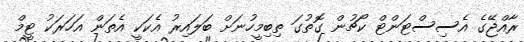
ރާއްޖޭގެ އެސިސްޓަންޓް ކޯޗުން ގޮތުގަ ތިބިމީހުނަށް ބަލައިރު އެކަކީ އެތަން އަހަރަކު ޓީމް